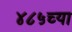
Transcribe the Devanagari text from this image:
४८५च्या